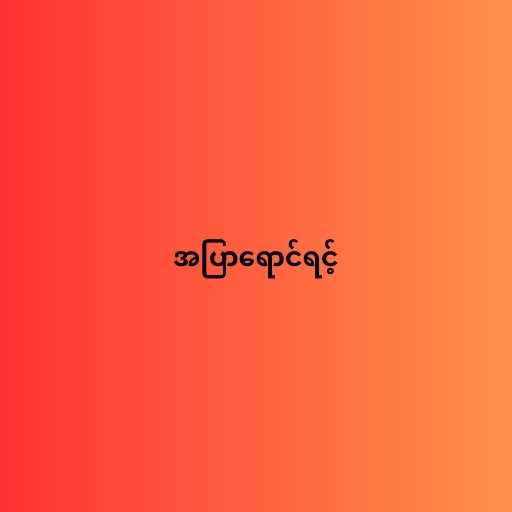
အပြာရောင်ရင့်